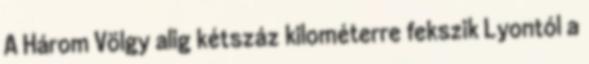
A Három Völgy alig kétszáz kilométerre fekszik Lyontól a